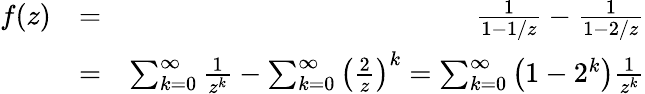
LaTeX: \begin{array}{rlr}{f(z)}&{=}&{\frac{1}{1-1/z}-\frac{1}{1-2/z}}\\ &{=}&{\sum_{k=0}^{\infty}\frac{1}{z^{k}}-\sum_{k=0}^{\infty}\left(\frac{2}{z}\right)^{k}=\sum_{k=0}^{\infty}\left(1-2^{k}\right)\frac{1}{z^{k}}}\end{array}